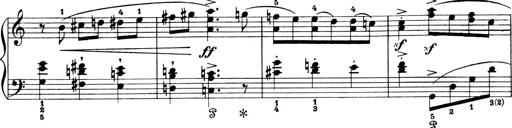
Title: 4 Sonatines
Composer: Max Reger